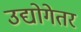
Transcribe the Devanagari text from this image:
उद्योगेतर